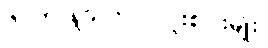
၆။ ကုဒြုသက = လူးစပါးမျိုး၊